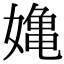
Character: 𭒗